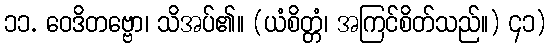
၁၁. ဝေဒိတဗ္ဗော၊ သိအပ်၏။ (ယံစိတ္တံ၊ အကြင်စိတ်သည်။) ၄၁)